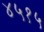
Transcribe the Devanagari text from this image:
४५१५